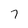
Character: 7